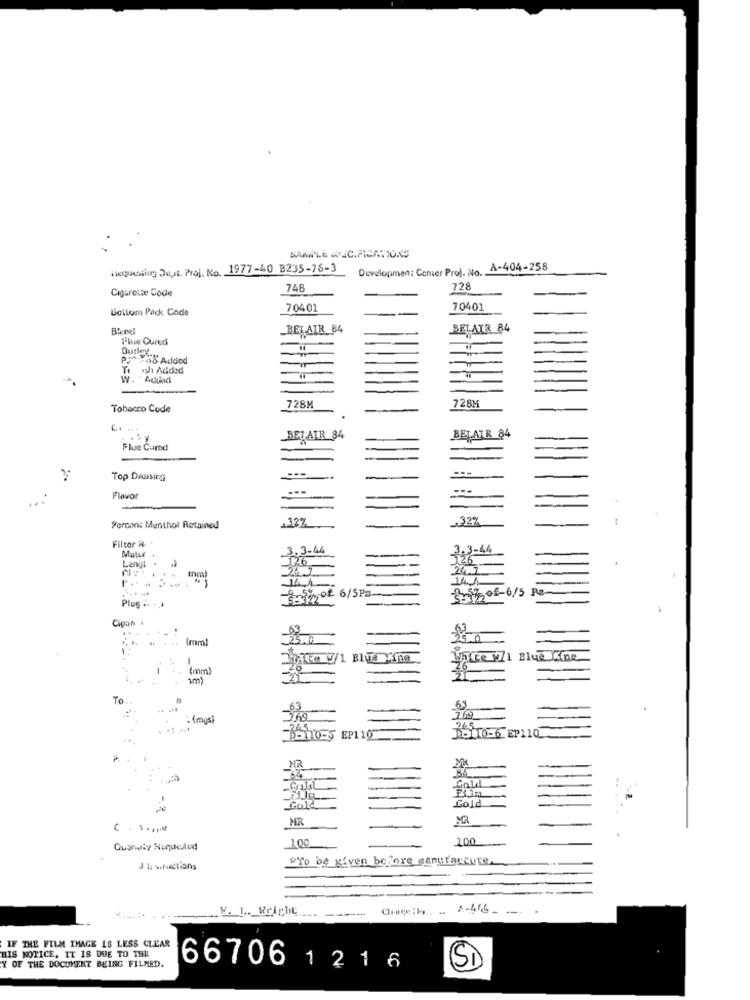
Requesting Det. Proj. No. 1977-40 B235-76-3
Development Center Proj. No.
A-404-258
748
728
Cigarette Code
Bottom Pack Code
70401
70401
Blend
BELAIR 84
BELAIR 84
Blue Cured
Butler.
PorFoo Added
Te ish Added
W.
728M
Tobacco Code
728M
BELAIR 84
BELAIR 84
Flue Curnd
Top Deussing
lavor
-
.327
Porcon: Menthol Retained
Filtor H.
3.3-44
3.3-44
526
126
Langt .
Sawof 6/5Pa
14,4
Sy50f-6/5 Pz-
-
Plug .. .
Cigan 1
.......
(mml
Te V/1 Blue Xima
.. (mm)
26
To.
.63
: fmgs)
369
769
245
D-110-5 EP1 10
DOTTO-6 EP110
MR
Cold
Cold
Gold
MR
MR
100
Quarilly Roquedud
"To be given before canutacarte
d laseractions
V. I .. Wright
A-46- - .
IF THE FILM IMAGE IS LESS CLEAR
HIS NOTICE. IT IS DUE TO THE
Y OF THE DOCUMENT BEING FILMED.
66706 1 2 1 6
SI